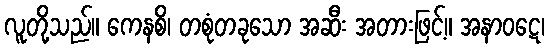
လူတို့သည်။ ကေနစိ၊ တစုံတခုသော အဆီး အတားဖြင့်။ အနာဝဋေ၊